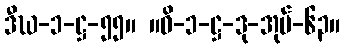
ဒီဃ-၁-ဋ္ဌ-၅၅။ ။ဝိ-၁-ဋ္ဌ-ဒု-အုပ်-၆၃။